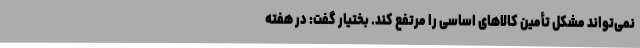
نمی‌تواند مشکل تأمین کالاهای اساسی را مرتفع کند. بختیار گفت: در هفته